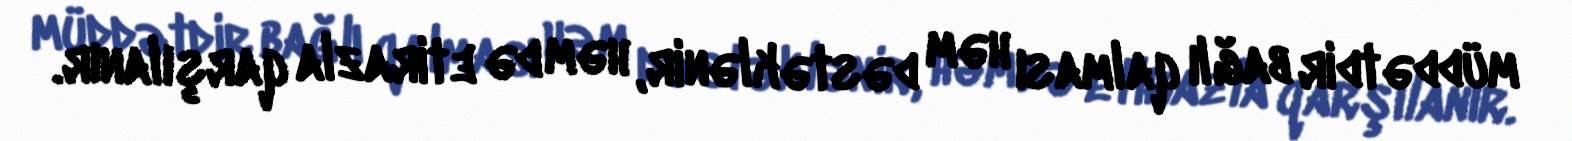
müddətdir bağlı qalması həm dəstəklənir, həm də etirazla qarşılanır.